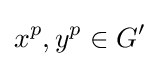
x^{p},y^{p}\in G'